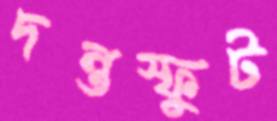
দন্তস্ফুট